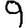
Digit: 9